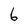
Character: 6